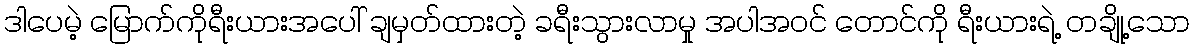
ဒါပေမဲ့ မြောက်ကိုရီးယားအပေါ် ချမှတ်ထားတဲ့ ခရီးသွားလာမှု အပါအဝင် တောင်ကို ရီးယားရဲ့ တချို့သော